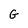
Character: G